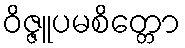
ဝိဇ္ဇူပမစိတ္တော